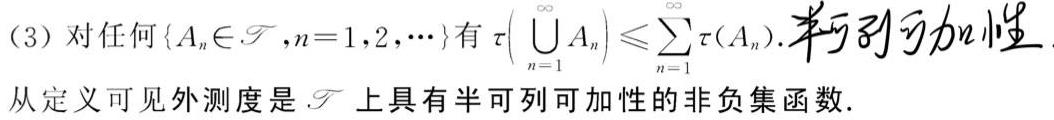
(3) 对任何 $\{A_n\in\mathscr{F},n = 1,2,\cdots\}$ 有 $\tau\left(\bigcup_{n = 1}^{\infty}A_n\right)\leqslant\sum_{n = 1}^{\infty}\tau(A_n)$. 半可列可加性.
从定义可见外测度是 $\mathscr{F}$ 上具有半可列可加性的非负集函数.